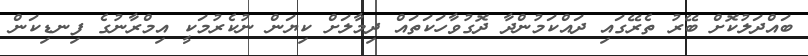
ބައްދަލުކޮށް ބޭރު ތެރޭގައި ދައްކަމުންދާ ދޮގުވާހަކަތައް ދިމާލަށް ކިޔަން ނުކެރުމަކީ އިމްރާނުގެ ފިނޑިކަން